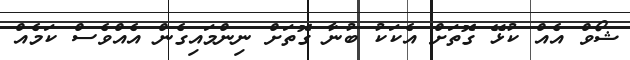
ޝޯވް އެއް ކުޅޭ ގޮތަށް އެކަކު ބުނާ ގޮތަށް ނިންމައިގެން އެއްވެސް ކަމެއް